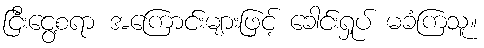
ငြီးငွေ့စရာ အကြောင်းများဖြင့် ခေါင်းရှုပ် မခံကြသူ။